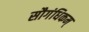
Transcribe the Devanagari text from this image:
सौगंधिकम्